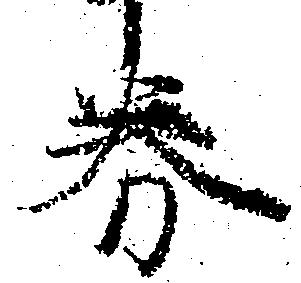
券